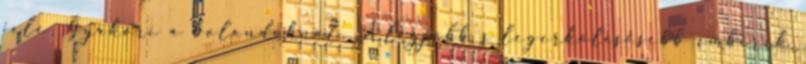
jele. Gyakori a bolondoknál. A legjobb s legerkölcsösebb emberek